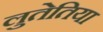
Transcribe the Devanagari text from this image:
लुतेतिया